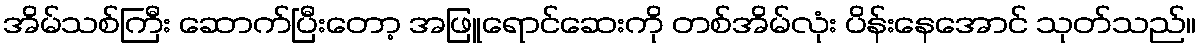
အိမ်သစ်ကြီး ဆောက်ပြီးတော့ အဖြူရောင်ဆေးကို တစ်အိမ်လုံး ပိန်းနေအောင် သုတ်သည်။